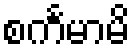
စင်္ကမာမိ